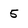
Character: 5